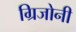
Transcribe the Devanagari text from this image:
ग्रिजोनी